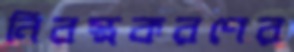
নিরস্ত্রকরণের